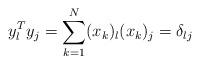
LaTeX: \begin{align*}y_{l}^{T}y_{j}=\sum_{k=1}^{N}(x_{k})_{l}(x_{k})_{j}=\delta_{lj}\end{align*}